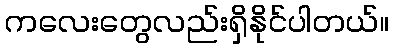
ကလေးတွေလည်းရှိနိုင်ပါတယ်။